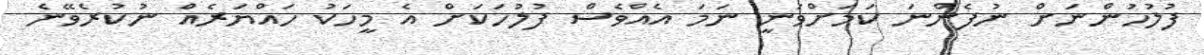
ފުލުހުންނަށް ނުފެންނަ ކަމަށްވަނީ ނަމަ އެއްވެސް ފުލުހަކަށް އެ މީހަކު ހައްޔަރެއް ނުކުރެވޭނެ